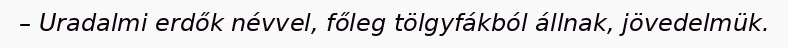
– Uradalmi erdők névvel, főleg tölgyfákból állnak, jövedelmük.